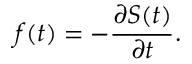
f ( t ) = - { \frac { \partial S ( t ) } { \partial t } } .